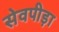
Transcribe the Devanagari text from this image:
सेवपीड़ा